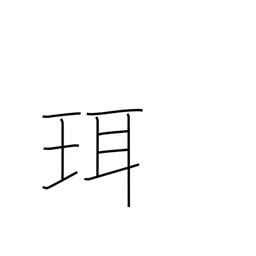
Meaning: hilt